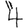
Digit: 4